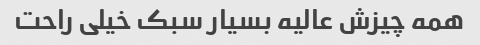
همه چیزش عالیه بسیار سبک خیلی راحت